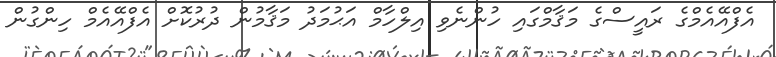
އެފްއޭއެމްގެ ރައީސްގެ މަޤާމްގައި ހުންނެވި އިލްހާމް އަޙުމަދު މަޤާމުން ދުރުކޮށް އެފްއޭއެމް ހިންގުން